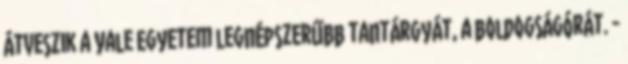
átveszik a Yale Egyetem legnépszerűbb tantárgyát, a boldogságórát. -